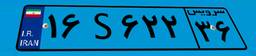
۴۶S۸۵۸۶۹